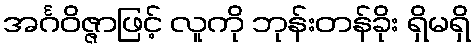
အင်္ဂဝိဇ္ဇာဖြင့် လူကို ဘုန်းတန်ခိုး ရှိမရှိ